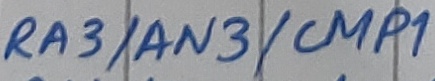
Text: RA3/AN3/CMP1